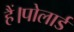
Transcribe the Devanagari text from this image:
हैं।पोलार्ड